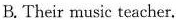
B. Their music teacher.